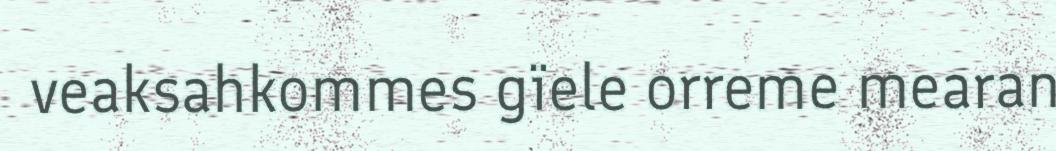
veaksahkommes gïele orreme mearan